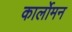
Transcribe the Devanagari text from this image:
कार्लोमन